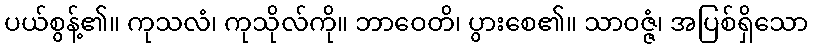
ပယ်စွန့်၏။ ကုသလံ၊ ကုသိုလ်ကို။ ဘာဝေတိ၊ ပွားစေ၏။ သာဝဇ္ဇံ၊ အပြစ်ရှိသော